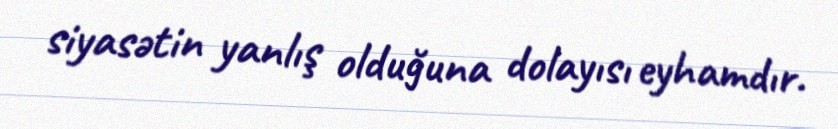
siyasətin yanlış olduğuna dolayısı eyhamdır.